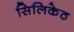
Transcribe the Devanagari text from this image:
सिलिकेठ